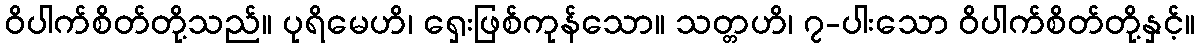
ဝိပါက်စိတ်တို့သည်။ ပုရိမေဟိ၊ ရှေးဖြစ်ကုန်သော။ သတ္တဟိ၊ ၇-ပါးသော ဝိပါက်စိတ်တို့နှင့်။